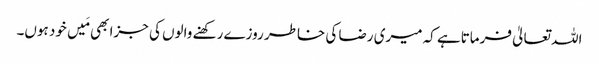
اللہ تعالیٰ فرماتاہے کہ میری رضا کی خاطر روزے رکھنے والوں کی جزا بھی مَیں خود ہوں۔